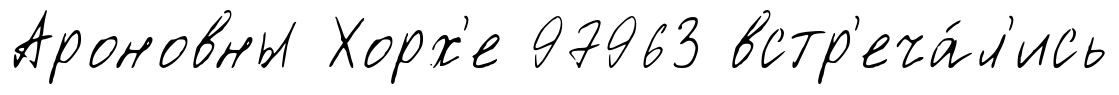
Ароновны Хорх'е 97963 встр'еча́л'ись